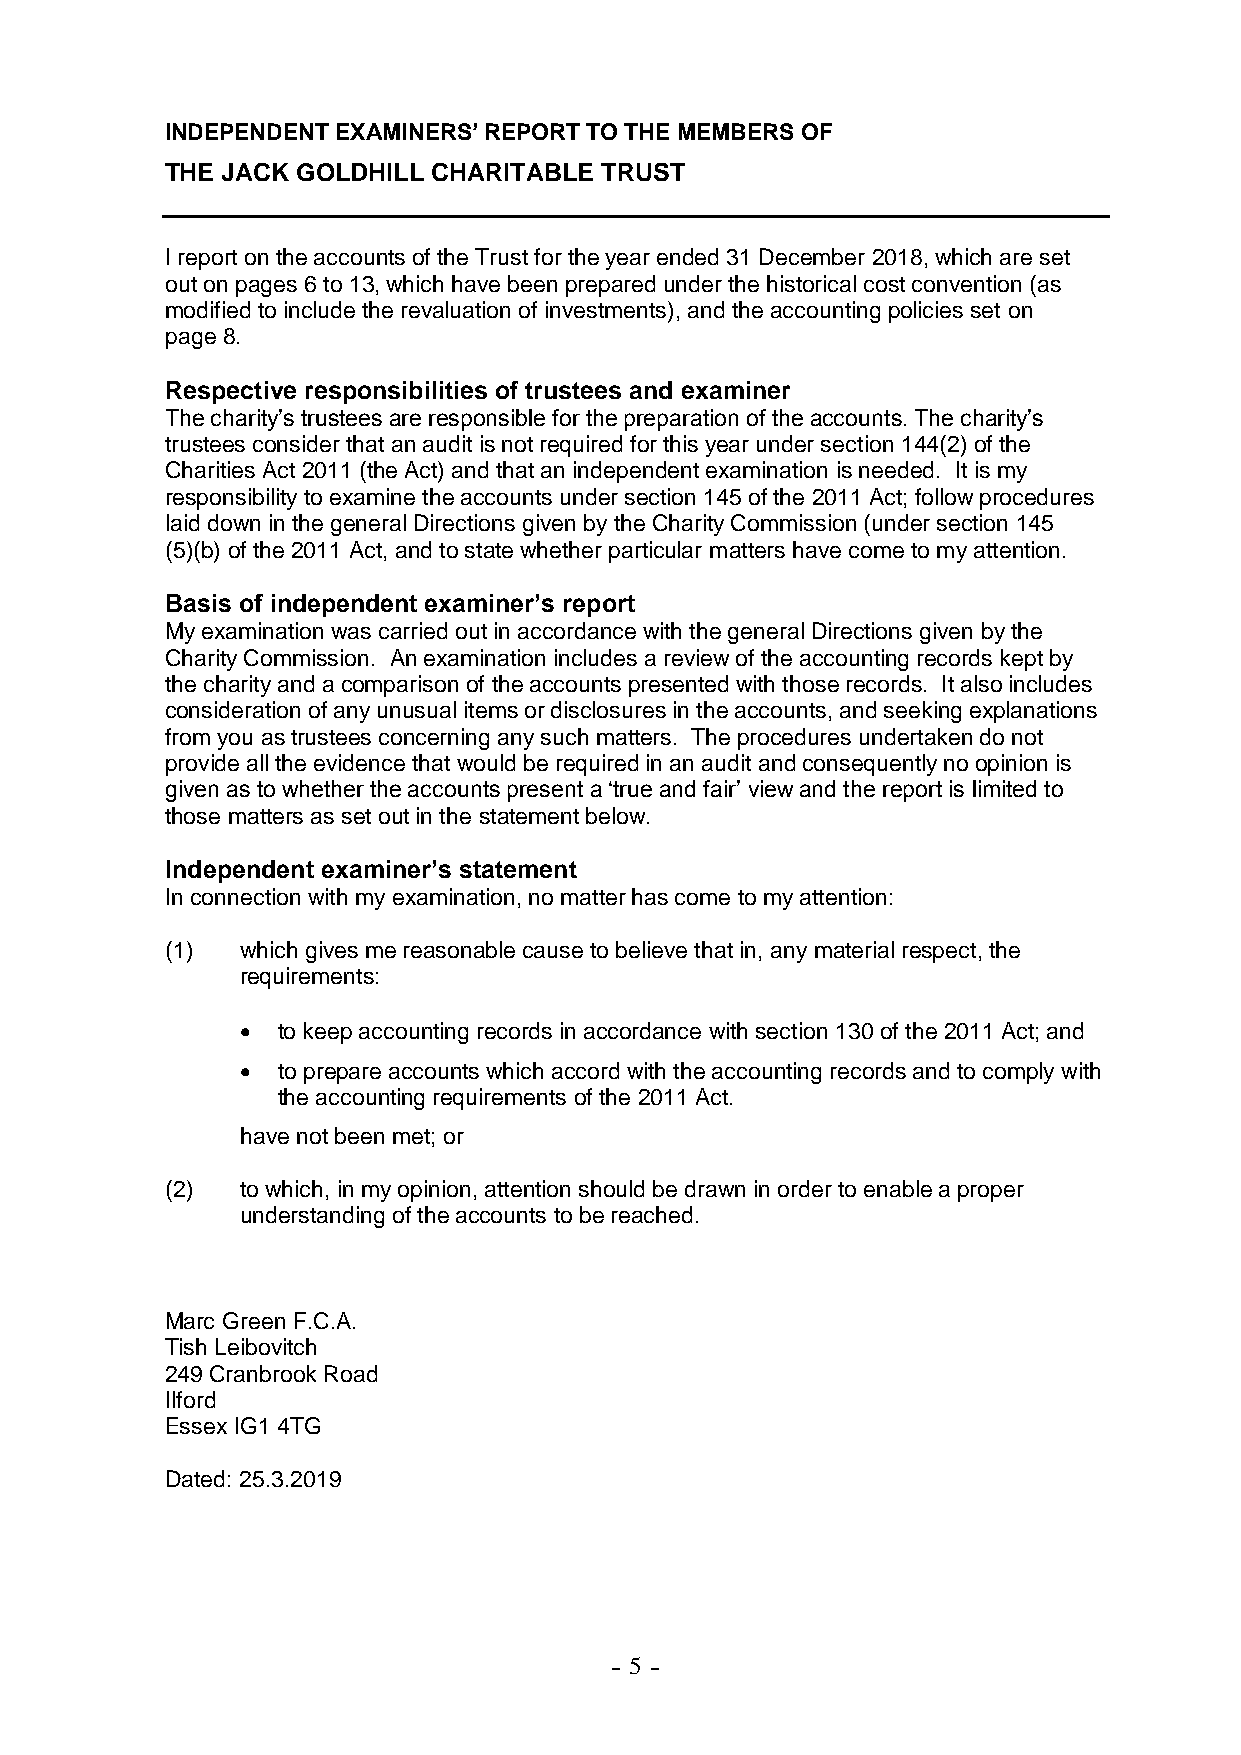
INDEPENDENT EXAMINERS’ REPORT TO THE MEMBERS OF
 THE JACK GOLDHILL CHARITABLE TRUST
 I report on the accounts of the Trust for the year ended 31 December 2018, which are set
 out on pages 6 to 13, which have been prepared under the historical cost convention (as
 modified to include the revaluation of investments), and the accounting policies set on
 page 8.
 Respective responsibilities of trustees and examiner
 The charity’s trustees are responsible for the preparation of the accounts. The charity’s
 trustees consider that an audit is not required for this year under section 144(2) of the
 Charities Act 2011 (the Act) and that an independent examination is needed. It is my
 responsibility to examine the accounts under section 145 of the 2011 Act; follow procedures
 laid down in the general Directions given by the Charity Commission (under section 145
 (5)(b) of the 2011 Act, and to state whether particular matters have come to my attention.
 Basis of independent examiner’s report
 My examination was carried out in accordance with the general Directions given by the
 Charity Commission. An examination includes a review of the accounting records kept by
 the charity and a comparison of the accounts presented with those records. It also includes
 consideration of any unusual items or disclosures in the accounts, and seeking explanations
 from you as trustees concerning any such matters. The procedures undertaken do not
 provide all the evidence that would be required in an audit and consequently no opinion is
 given as to whether the accounts present a ‘true and fair’ view and the report is limited to
 those matters as set out in the statement below.
 Independent examiner’s statement
 In connection with my examination, no matter has come to my attention:
 (1)  which gives me reasonable cause to believe that in, any material respect, the
 requirements:
  to keep accounting records in accordance with section 130 of the 2011 Act; and
  to prepare accounts which accord with the accounting records and to comply with
 the accounting requirements of the 2011 Act.
 have not been met; or
 (2)  to which, in my opinion, attention should be drawn in order to enable a proper
 understanding of the accounts to be reached.
 Marc Green F.C.A.
 Tish Leibovitch
 249 Cranbrook Road
 Ilford
 Essex IG1 4TG
 Dated: 25.3.2019
 - 5 -